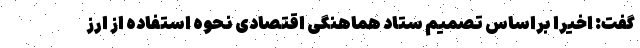
گفت: اخیراً براساس تصمیم ستاد هماهنگی اقتصادی نحوه استفاده از ارز